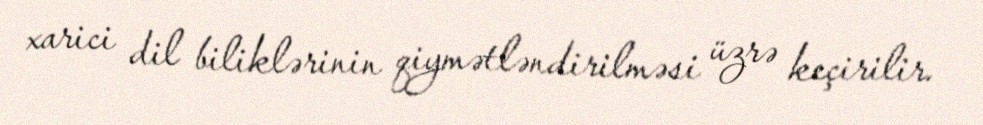
xarici dil biliklərinin qiymətləndirilməsi üzrə keçirilir.